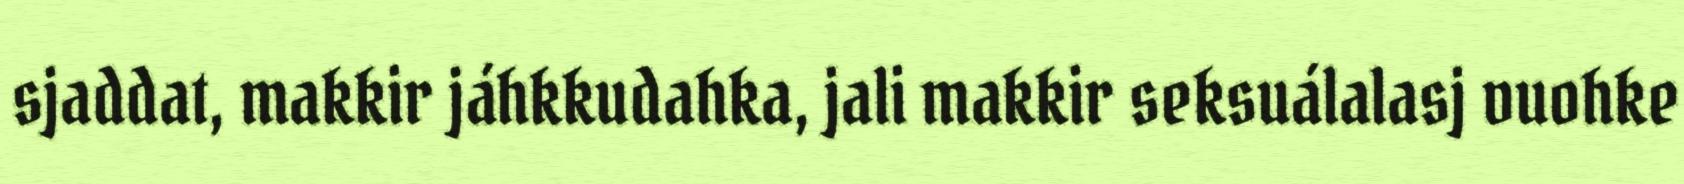
sjaddat, makkir jáhkkudahka, jali makkir seksuálalasj vuohke